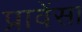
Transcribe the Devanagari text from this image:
प्रावेंसा